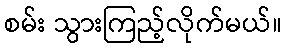
စမ်း သွားကြည့်လိုက်မယ်။